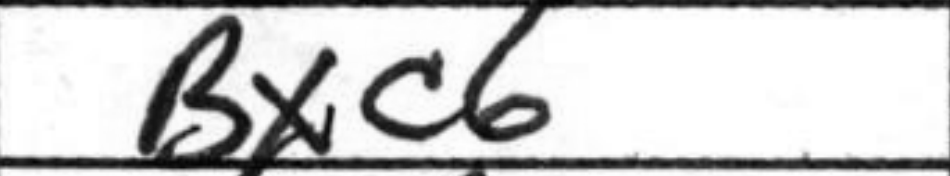
Transcription: Bxc6